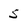
Character: 5